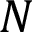
N